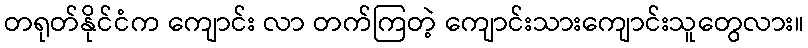
တရုတ်နိုင်ငံက ကျောင်း လာ တက်ကြတဲ့ ကျောင်းသားကျောင်းသူတွေလား။